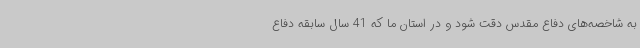
به شاخصه‌های دفاع مقدس دقت شود و در استان ما که 41 سال سابقه دفاع